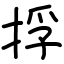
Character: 捊